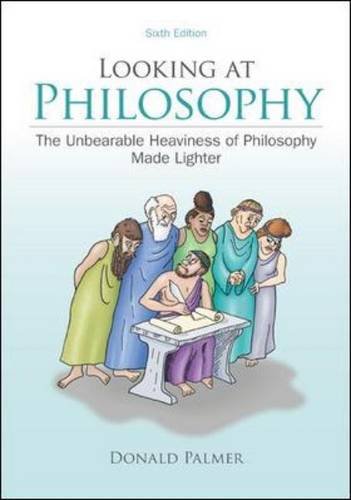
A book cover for Looking At Philosophy: The Unbearable Heaviness of Philosophy Made Lighter; Donald Palmer; Politics & Social Sciences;